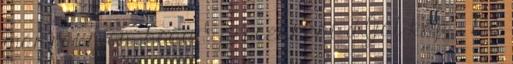
már ráunjon, hogy 5 percenként dÍjat kap : De